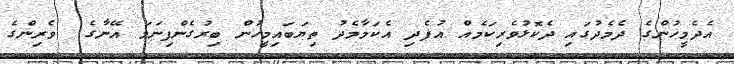
އެދެމީހުންގެ ދެމެދުގައި ދެކޮޅުވެރިކަމެއް އުފެދި އެކަމާމެދު ތިޔަބައިމީހުން ބިރުގެންފިނަމަ އޭނާގެ  ވެރިންގެ